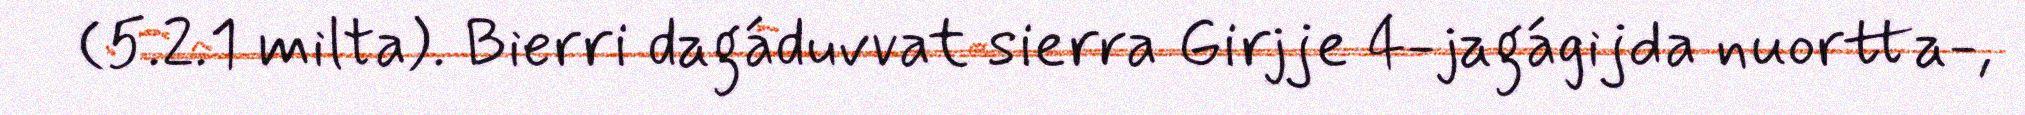
(5.2.1 milta). Bierri dagáduvvat sierra Girjje 4-jagágijda nuortta-,